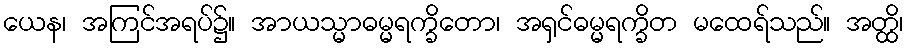
ယေန၊ အကြင်အရပ်၌။ အာယသ္မာဓမ္မရက္ခိတော၊ အရှင်ဓမ္မရက္ခိတ မထေရ်သည်။ အတ္ထိ၊